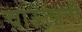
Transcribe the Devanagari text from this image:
चाऊलाची